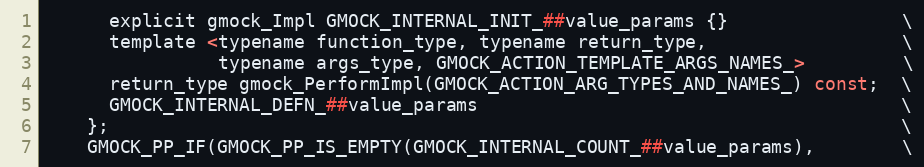
Language: C
      explicit gmock_Impl GMOCK_INTERNAL_INIT_##value_params {}                \
      template <typename function_type, typename return_type,                  \
                typename args_type, GMOCK_ACTION_TEMPLATE_ARGS_NAMES_>         \
      return_type gmock_PerformImpl(GMOCK_ACTION_ARG_TYPES_AND_NAMES_) const;  \
      GMOCK_INTERNAL_DEFN_##value_params                                       \
    };                                                                         \
    GMOCK_PP_IF(GMOCK_PP_IS_EMPTY(GMOCK_INTERNAL_COUNT_##value_params),        \